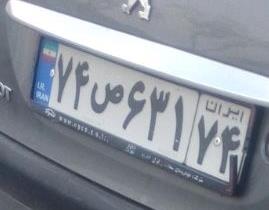
۷۴ص۶۳۱۷۴